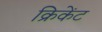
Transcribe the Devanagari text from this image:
क्रिकेंट